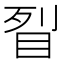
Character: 𥅮